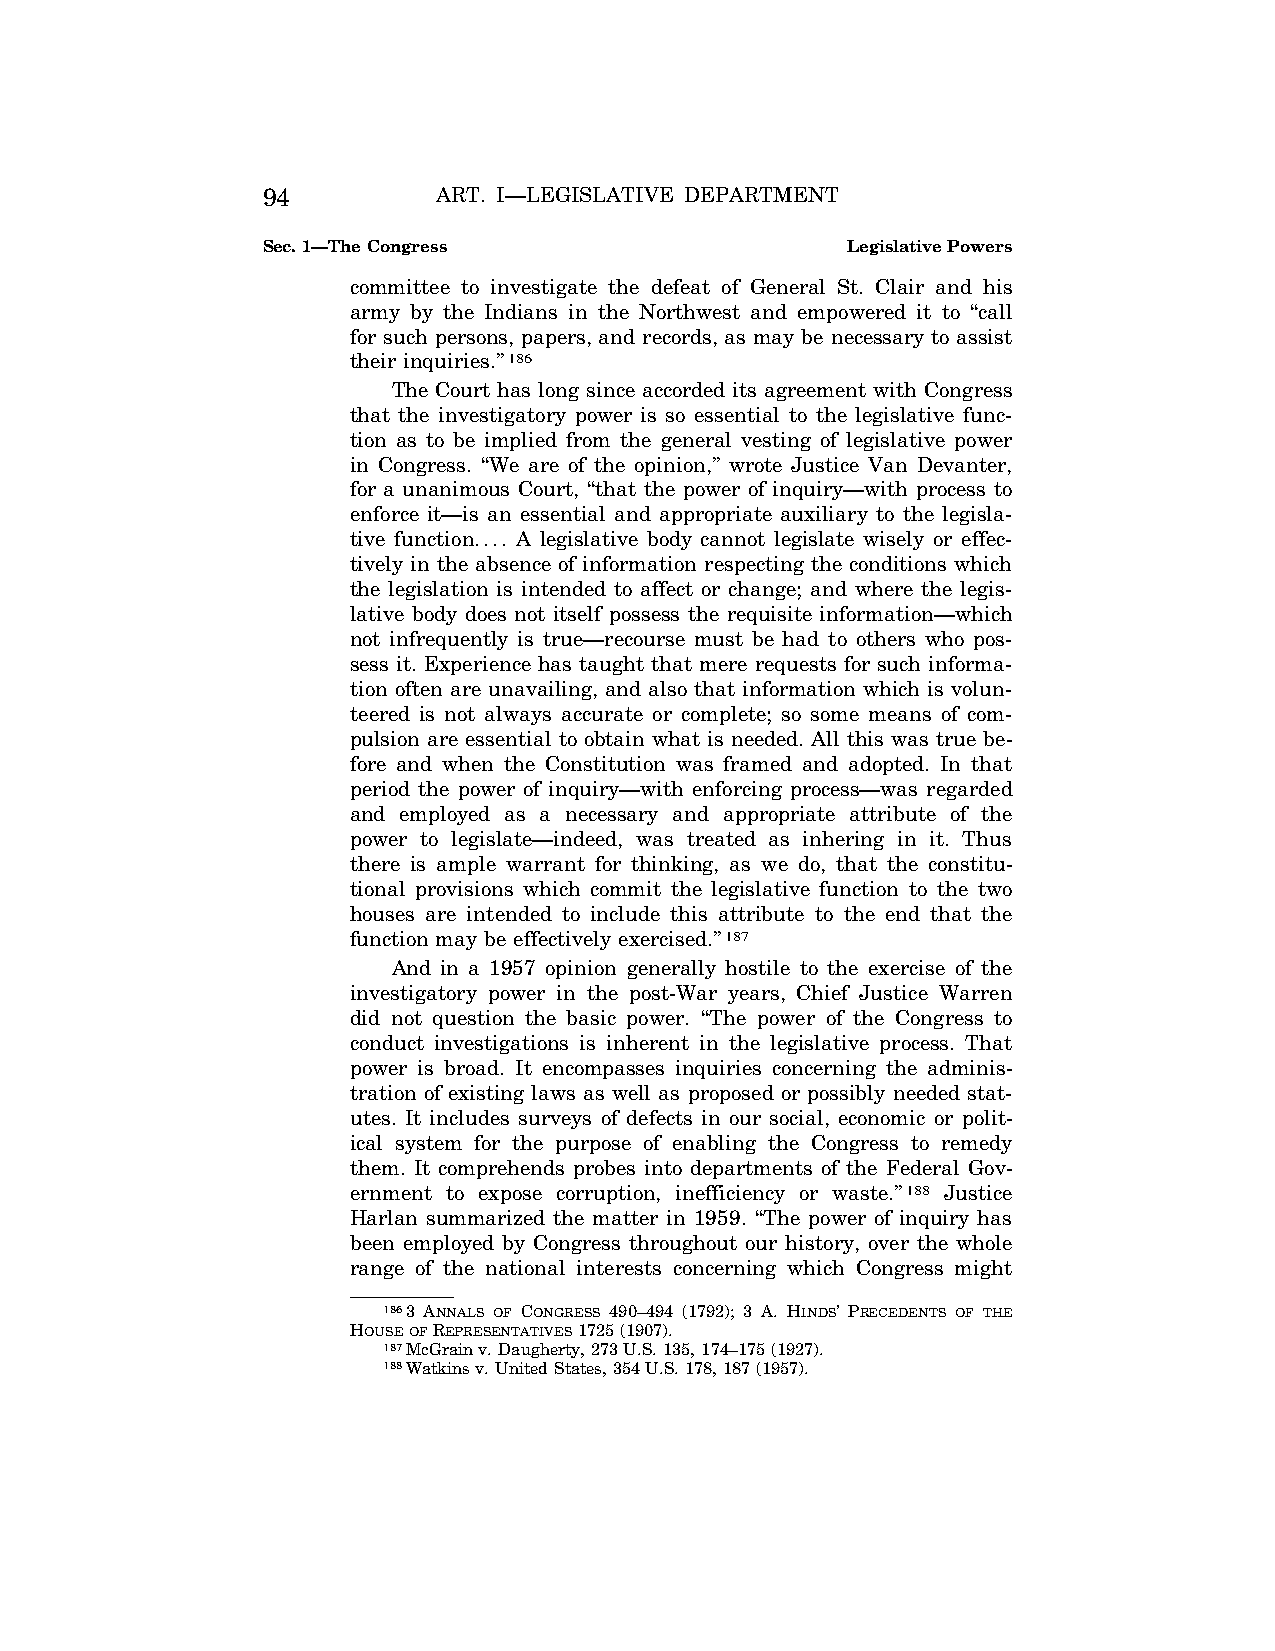
94          ART. I—LEGISLATIVE DEPARTMENT
 Sec. 1—The Congress                    Legislative Powers
 committee to investigate the defeat of General St. Clair and his
 army by the Indians in the Northwest and empowered it to ‘‘call
 for such persons, papers, and records, as may be necessary to assist
 their inquiries.’’186
 The Court has long since accorded its agreement with Congress
 that the investigatory power is so essential to the legislative func-
 tion as to be implied from the general vesting of legislative power
 in Congress. ‘‘We are of the opinion,’’ wrote Justice Van Devanter,
 for a unanimous Court, ‘‘that the power of inquiry—with process to
 enforce it—is an essential and appropriate auxiliary to the legisla-
 tive function.... A legislative body cannot legislate wisely or effec-
 tively in the absence of information respecting the conditions which
 the legislation is intended to affect or change; and where the legis-
 lative body does not itself possess the requisite information—which
 not infrequently is true—recourse must be had to others who pos-
 sess it. Experience has taught that mere requests for such informa-
 tion often are unavailing, and also that information which is volun-
 teered is not always accurate or complete; so some means of com-
 pulsion are essential to obtain what is needed. All this was true be-
 fore and when the Constitution was framed and adopted. In that
 period the power of inquiry—with enforcing process—was regarded
 and employed as a necessary and appropriate attribute of the
 power to legislate—indeed, was treated as inhering in it. Thus
 there is ample warrant for thinking, as we do, that the constitu-
 tional provisions which commit the legislative function to the two
 houses are intended to include this attribute to the end that the
 function may be effectively exercised.’’187
 And in a 1957 opinion generally hostile to the exercise of the
 investigatory power in the post-War years, Chief Justice Warren
 did not question the basic power. ‘‘The power of the Congress to
 conduct investigations is inherent in the legislative process. That
 power is broad. It encompasses inquiries concerning the adminis-
 tration of existing laws as well as proposed or possibly needed stat-
 utes. It includes surveys of defects in our social, economic or polit-
 ical system for the purpose of enabling the Congress to remedy
 them. It comprehends probes into departments of the Federal Gov-
 ernment to expose corruption, inefficiency or waste.’’188 Justice
 Harlan summarized the matter in 1959. ‘‘The power of inquiry has
 been employed by Congress throughout our history, over the whole
 range of the national interests concerning which Congress might
 1863 ANNALS OF CONGRESS 490–494 (1792); 3 A. HINDS’ PRECEDENTS OF THE
 HOUSEOFREPRESENTATIVES1725 (1907).
 187McGrain v. Daugherty, 273 U.S. 135, 174–175 (1927).
 188Watkins v. United States, 354 U.S. 178, 187 (1957).
 VerDate Apr<14>2004 12:35 Apr 14, 2004 Jkt 077500 PO 00000 Frm 00032 Fmt 8222 Sfmt 8222 C:\CONAN\CON009.SGM PRFM99 PsN: CON009